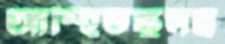
আস্হিতস্কুলম্